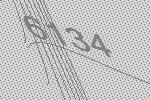
6134